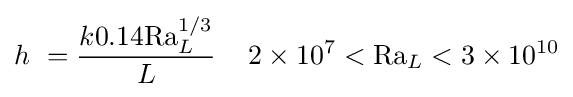
h\ ={\frac {k0.14\mathrm {Ra} _{L}^{1/3}}{L}}\,\quad 2\times 10^{7}<\mathrm {Ra} _{L}<3\times 10^{10}